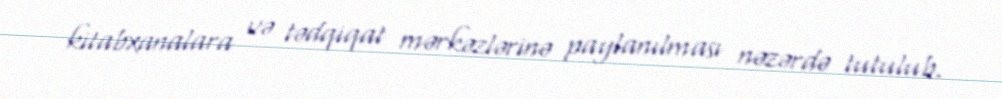
kitabxanalara və tədqiqat mərkəzlərinə paylanılması nəzərdə tutulub.